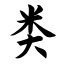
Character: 类